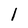
Character: l